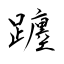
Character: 躔